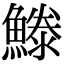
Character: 𩺭